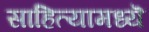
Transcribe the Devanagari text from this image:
साहित्यामध्यॆ